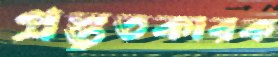
প্রস্তুতকারক